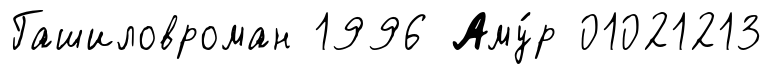
Гашиловроман 1996 Аму́р 01021213